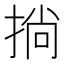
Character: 𢮐